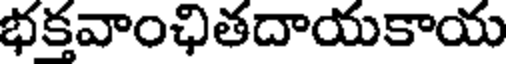
భక్తవాంఛితదాయకాయ